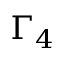
\Gamma _ { 4 }